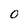
Character: O